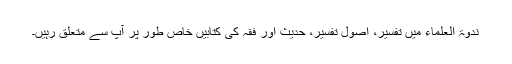
ندوۃ العلماء میں تفسیر، اصول تفسیر، حدیث اور فقہ کی کتابیں خاص طور پر آپ سے متعلق رہیں۔